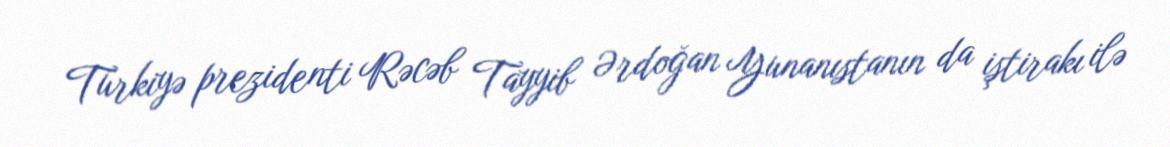
Türkiyə prezidenti Rəcəb Tayyib Ərdoğan Yunanıstanın da iştirakı ilə